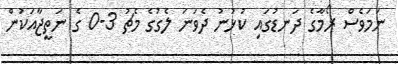
ނަމަވެސް ރޯމާގެ ދަނޑުގައި ކުޅުނު ދެވަނަ ލެގުގެ މެޗު 3-0 ގެ ނަތީޖާއަކުން